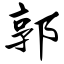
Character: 郭